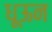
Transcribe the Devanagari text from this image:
धूऊन